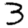
Digit: 3